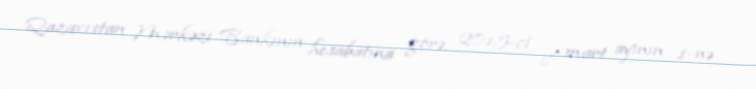
Qazaxıstan Mərkəzi Bankının hesabatına görə, 2015-ci il mart ayının 1-nə